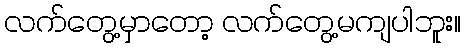
လက်တွေ့မှာတော့ လက်တွေ့မကျပါဘူး။